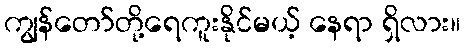
ကျွန်တော်တို့ရေကူးနိုင်မယ့် နေရာ ရှိလား။